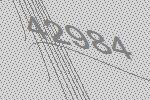
42984